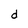
Character: d